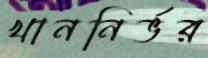
খাননির্ভর